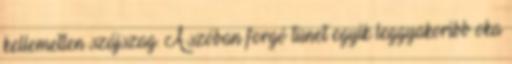
kellemetlen szájszag. A szóban forgó tünet egyik leggyakoribb oka